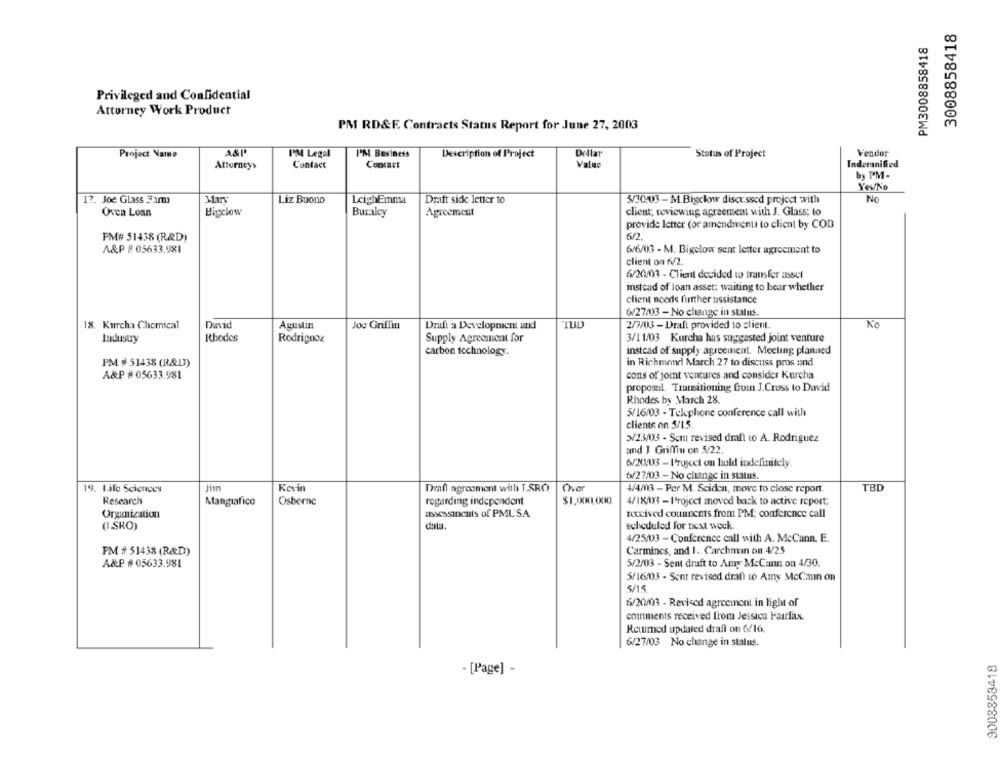
3008858418
PM3008858418
Privileged and Confidential
Attorney Work Product
PM RD&F. Contracts Status Report for June 27, 2003
A&P'
PM Legal
Dellar
Vendor
Project Name
PM Business
Description of Project
Status of Project
Attorneys
Contact
Concart
Value
Indemnified
by PM-
Yes/No
17. Joe Glass 3am
Draft side letter to
No
Liz Buono
LeighEmma
5/30/03 - M.Bigclow discusscd project with
Ovea Loan
Bigclow
Buralcy
Agreement
client; reviewing agreement with J. Glass; to
provide letter (or amendment to client by COD
PM# 51438 (R&D)
5/2
A&P # 03633,981
6/6/03 - M. Bigelow sent letter agreement to
client on 6/2.
6/20/03 - Client decided to transfer assel
instead of loan asset: waiting to hear whether
client noods further assistance
6/27/03 - No change in status.
18. Kurcha Chemical
David
Agustin
Joc Gnffin
Draft a Development and
113D
2/7/03 - Draft provided to client.
No
Industry
Rhodes
Rodriguoe
Supply Agreement for
3/11/03 Kurcha hus suggested joint venture
instead of supply agreement. Meeting planned
carbon technology.
PM # 51438 (R&D))
in Richmond March 27 to discuss pros and
A&P #05633.981
cons of joint ventures and consider Kurcha
proposal. Transitioning froin J.Cross to David
Rhodes by March 28.
5/16/03 - Telephone conference call with
clients on 5/15.
5/23/03 - Sunt revised draft to A. Rodriguez
and J Griffin on 5/22.
6/20/03 - Project on hold indefinitely.
6/27/03 - No change in status.
Kevin
Draft agreement with T.SRO
Over
TBD
19. Life Sciences
4/4/003 - Per M. Sciden, move to close report.
Research
Mangiafico
Osborne
regarding independent
4/18/113 -1Project moved back to active report;
Organization
assessinents of PML'SA
nowived comments from PM; conference call
(ISRO)
ciutat.
scheduled for next week.
4/25/03 - Conference call with A. McCann, E.
PM # 51438 (R&D)
Carmines, and 1 .. Carchman on 4/25
A&P # 05633.981
5/2/03 - Sent draft to Amy McCann on 4/30.
5/16/03 - Sent revised draft to Amy McCain on
5/15
6/20/03 - Revised agreement in light of
comments received from Jessica Hairfax.
Retmed updated draft on byl6.
6/27/03 No change in status.
9008858418
- [Page] -